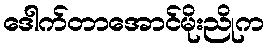
ဒေါက်တာအောင်မိုးညိုက